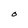
Character: O